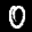
Label: 0